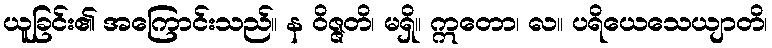
ယူခြင်း၏ အကြောင်းသည်။ န ဝိဇ္ဇတိ၊ မရှိ။ ဣတော၊ လ။ ပရိယေသေယျာတိ၊